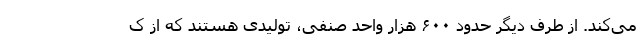
می‌کند. از طرف دیگر حدود ۶۰۰ هزار واحد صنفی، تولیدی هستند که از ک